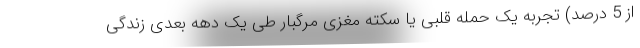
از 5 درصد) تجربه یک حمله قلبی یا سکته مغزی مرگبار طی یک دهه بعدی زندگی